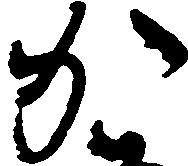
か